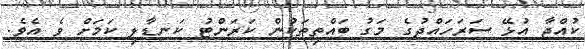
ކުއްޖާ އުޅޭ ސަރަހައްދުގެ މަގު ބައްތިތަކުން ކަރަންޓު ކަނޑާލި ކަމަށް ވެ އެވެ.